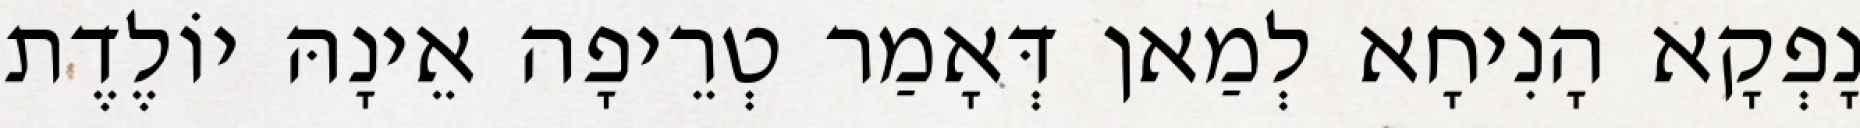
נָפְקָא הָנִיחָא לְמַאן דְּאָמַר טְרֵיפָה אֵינָהּ יוֹלֶדֶת